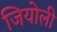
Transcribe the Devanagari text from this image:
जियोली